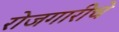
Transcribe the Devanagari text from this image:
रोजगारीचे